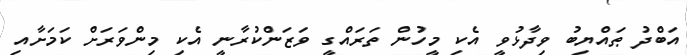
އަބްދު ޠައްޔިބު ވިދާޅުވީ އެކި މީހުން ތަރަައްގީ ވަޒަންކުރާނީ އެކި މިންވަރަށް ކަމަށާއި